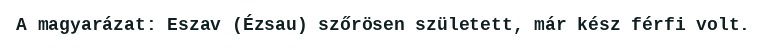
A magyarázat: Eszav (Ézsau) szőrösen született, már kész férfi volt.